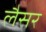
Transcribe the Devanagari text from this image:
लैसर